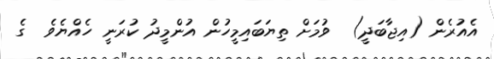
އެއުރެން (އިޖާބަދީ)  ވުމަށް ތިޔަބައިމީހުން އުންމީދު ކުރަނީ ހެއްޔެވެ  ގެ